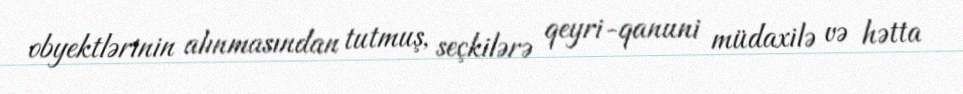
obyektlərinin alınmasından tutmuş, seçkilərə qeyri-qanuni müdaxilə və hətta